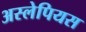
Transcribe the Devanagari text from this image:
अस्लेपियस